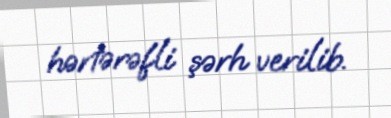
hərtərəfli şərh verilib.